Report of the Indian Hemp Drugs Commission, 1894-1895 - Volume I
Year: 1894
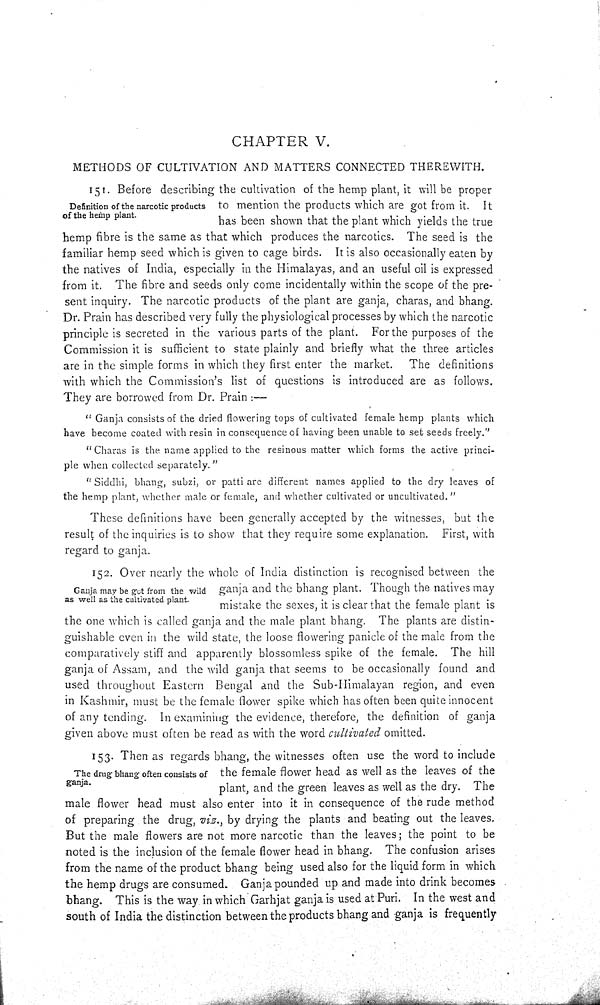
CHAPTER V.
METHODS OF CULTIVATION AND MATTERS CONNECTED THEREWITH.
Definition of the narcotic products
of the hemp plant.
151. Before describing the cultivation of the hemp plant, it will be proper
to mention the products which are got from it. It
has been shown that the plant which yields the true
hemp fibre is the same as that which produces the narcotics. The seed is the
familiar hemp seed which is given to cage birds. It is also occasionally eaten by
the natives of India, especially in the Himalayas, and an useful oil is expressed
from it. The fibre and seeds only come incidentally within the scope of the pre-
sent inquiry. The narcotic products of the plant are ganja, charas, and bhang.
Dr. Prain has described very fully the physiological processes by which the narcotic
principle is secreted in the various parts of the plant. For the purposes of the
Commission it is sufficient to state plainly and briefly what the three articles
are in the simple forms in which they first enter the market. The definitions
with which the Commission's list of questions is introduced are as follows.
They are borrowed from Dr. Prain:—
"Ganja consists of the dried flowering tops of cultivated female hemp plants which
have become coated with resin in consequence of having been unable to set seeds freely."
"Charas is the name applied to the resinous matter which forms the active princi-
ple when collected separately."
"Siddhi, bhang, subzi, or patti are different names applied to the dry leaves of
the hemp plant, whether male or female, and whether cultivated or uncultivated."
These definitions have been generally accepted by the witnesses, but the
result of the inquiries is to show that they require some explanation. First, with
regard to ganja.
Ganja may be got from the wild
as well as the cultivated plant.
152. Over nearly the whole of India distinction is recognised between the
ganja and the bhang plant. Though the natives may
mistake the sexes, it is clear that the female plant is
the one which is called ganja and the male plant bhang. The plants are distin-
guishable even in the wild state, the loose flowering panicle of the male from the
comparatively stiff and apparently blossomless spike of the female. The hill
ganja of Assam, and the wild ganja that seems to be occasionally found and
used throughout Eastern Bengal and the Sub-Himalayan region, and even
in Kashmir, must be the female flower spike which has often been quite innocent
of any tending. In examining the evidence, therefore, the definition of ganja
given above must often be read as with the word cultivated omitted.
The drug bhang often consists of
ganja.
153. Then as regards bhang, the witnesses often use the word to include
the female flower head as well as the leaves of the
plant, and the green leaves as well as the dry. The
male flower head must also enter into it in consequence of the rude method
of preparing the drug, viz., by drying the plants and beating out the leaves.
But the male flowers are not more narcotic than the leaves; the point to be
noted is the inclusion of the female flower head in bhang. The confusion arises
from the name of the product bhang being used also for the liquid form in which
the hemp drugs are consumed. Ganja pounded up and made into drink becomes
bhang. This is the way in which Garhjat ganja is used at Puri. In the west and
south of India the distinction between the products bhang and ganja is frequently